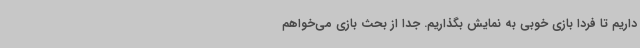
داریم تا فردا بازی خوبی به نمایش بگذاریم. جدا از بحث بازی می‌خواهم